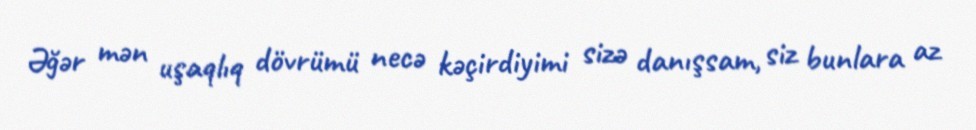
Əğər mən uşaqlıq dövrümü necə kəçirdiyimi sizə danışsam, siz bunlara az